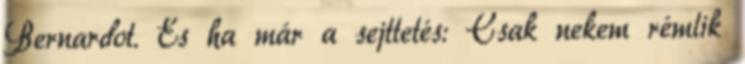
Bernardot. És ha már a sejttetés: Csak nekem rémlik